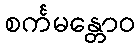
စင်္ကမန္တောဝ